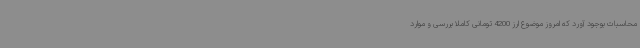
محاسبات بوجود آورد که امروز موضوع ارز 4200 تومانی کاملا بررسی و موارد